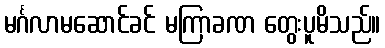
မင်္ဂလာမဆောင်ခင် မကြာခဏ တွေးပူမိသည်။